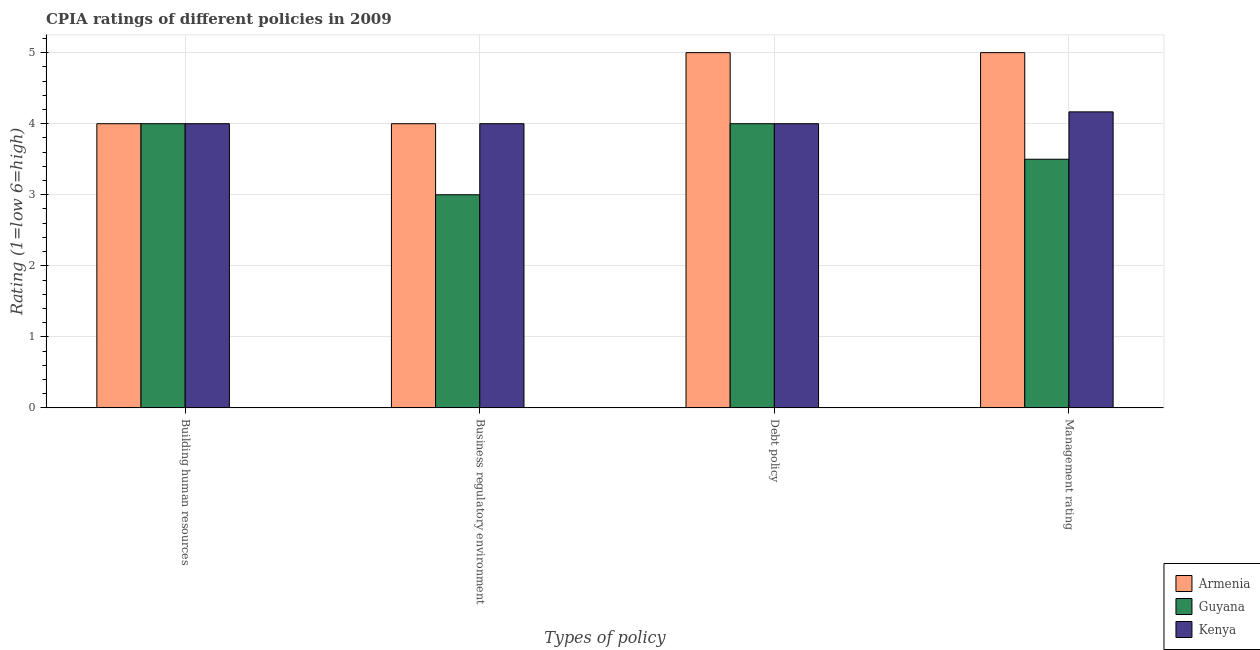
| Types of policy | Armenia | Guyana | Kenya |
 | --- | --- | --- | --- |
 | Building human resources | 4 | 4 | 4 |
 | Business regulatory environment | 4 | 3 | 4 |
 | Debt policy | 5 | 4 | 4 |
 | Management rating | 5 | 3.5 | 4.17 |